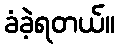
ခံခဲ့ရတယ်။